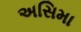
અસિમા